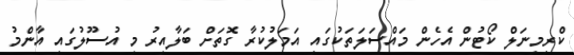
ކްރިމިނަލް ކޯޓުން އެހެން މައްސަލަތަކުގައި އަމަލުކުރާ ގޮތަށް ބަލާއިރު މި އުސޫލުގައި އާންމު